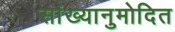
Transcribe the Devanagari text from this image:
सांख्यानुमोदित